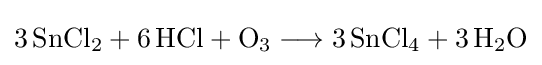
{3\,\mathrm {SnCl} {\vphantom {A}}_{\smash[{t}]{2}}{}+{}6\,\mathrm {HCl} {}+{}\mathrm {O} {\vphantom {A}}_{\smash[{t}]{3}}{}\mathrel {\longrightarrow } {}3\,\mathrm {SnCl} {\vphantom {A}}_{\smash[{t}]{4}}{}+{}3\,\mathrm {H} {\vphantom {A}}_{\smash[{t}]{2}}\mathrm {O} }